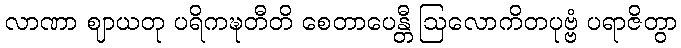
လာဏာ ဈာယတု ပရိကဍ္ဎတီတိ စေတာပေန္တီ ဩလောကိတပုဗ္ဗံ ပရာဇိတွာ